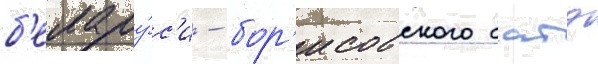
б'елару́с'и - бор'исовского батэ